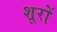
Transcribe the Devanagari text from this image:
शूरों